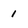
Character: 1